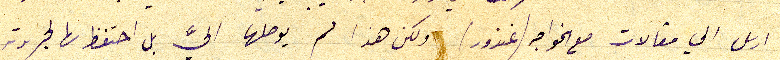
ارسل الي مقالات مع الخواجه (غندور) ولكن هذا لم يوصلها اليَّ بل احتفظ بها لجريدته